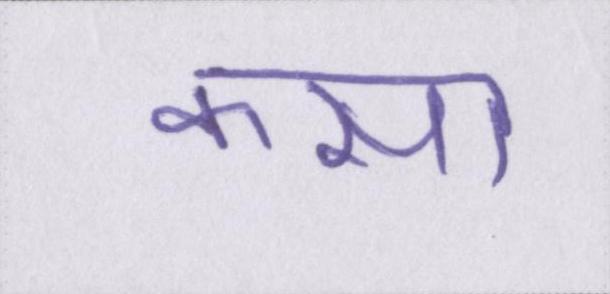
कसा